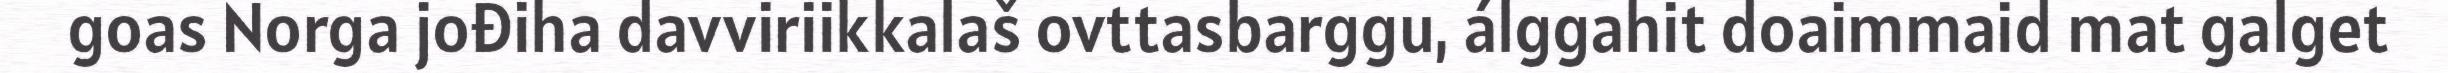
goas Norga jođiha davviriikkalaš ovttasbarggu, álggahit doaimmaid mat galget